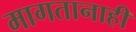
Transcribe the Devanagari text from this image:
मागतानाही